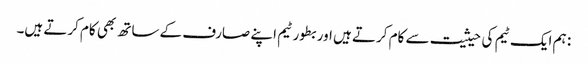
: ہم ایک ٹیم کی حیثیت سے کام کرتے ہیں اور بطور ٹیم اپنے صارف کے ساتھ بھی کام کرتے ہیں۔